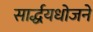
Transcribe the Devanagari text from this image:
सार्द्धयधोजने